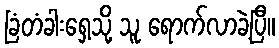
ခြံတံခါးရှေ့သို့ သူ ရောက်လာခဲ့ပြီ။